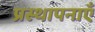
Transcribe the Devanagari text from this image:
प्रस्थापनाएँ